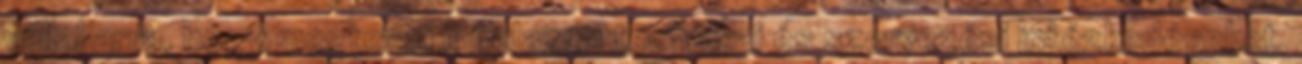
vállal arra, hogy megteszi mindazon technikai és szervezési intézkedéseket,